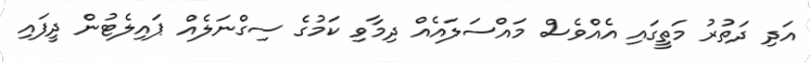
އަދި ދަތުރު މަތީގައި އެއްވެސް މައްސަލައެއް ދިމާވި ކަމުގެ ސިގްނަލެއް ޕައިލެޓުން ދީފައި